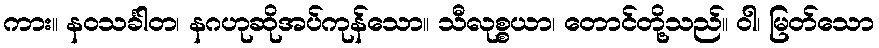
ကား။ နဝသင်္ခါတ၊ နဂဟုဆိုအပ်ကုန်သော။ သီလုစ္စယာ၊ တောင်တို့သည်။ ဝါ၊ မြတ်သော